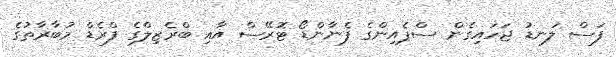
ފަސް ލަނޑު ޖަހައިގެން ސްޕެއިންގެ ފެނާންޑޯ ޓޮރޭސް އާއި ބްރެޒިލްގެ ފްރެޑް މުބާރާތުގެ